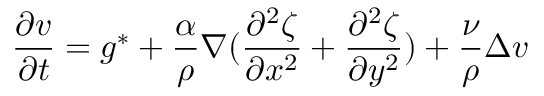
\frac { \partial v } { \partial t } = g ^ { * } + \frac { \alpha } { \rho } \nabla ( \frac { \partial ^ { 2 } \zeta } { \partial x ^ { 2 } } + \frac { \partial ^ { 2 } \zeta } { \partial y ^ { 2 } } ) + \frac { \nu } { \rho } \Delta v